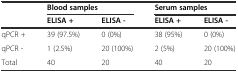
| <ROWSPAN=2>  | <COLSPAN=2> Blood samples | <COLSPAN=2> Serum samples |
 | ELISA + | ELISA - | ELISA + | ELISA - |
 | --- | --- | --- | --- | --- |
 | qPCR + | 39 (97.5%) | 0 (0%) | 38 (95%) | 0 (0%) |
 | qPCR - | 1 (2.5%) | 20 (100%) | 2 (5%) | 20 (100%) |
 | Total | 40 | 20 | 40 | 20 |